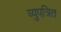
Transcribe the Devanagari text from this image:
व्युपत्रित